Report of the Bombay Plague Committee
Disease focus: Plague
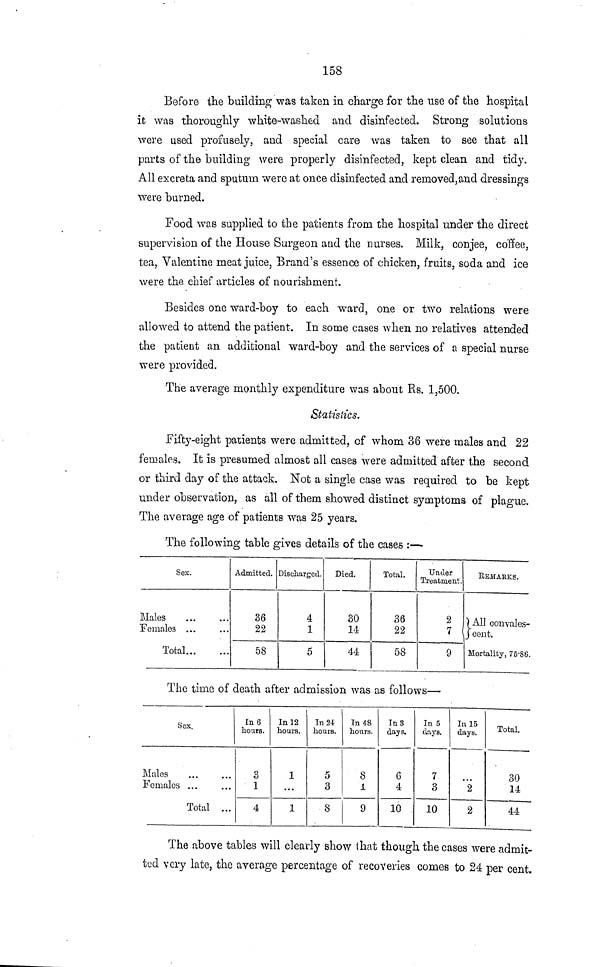
158
Before the building was taken in charge for the use of the hospital
it was thoroughly white-washed and disinfected. Strong solutions
were used profusely, and special care was taken to see that all
parts of the building were properly disinfected, kept clean and tidy.
All excreta and sputum were at once disinfected and removed,and dressings
were burned.
Food was supplied to the patients from the hospital under the direct
supervision of the House Surgeon and the nurses. Milk, conjee, coffee,
tea, Valentine meat juice, Brand's essence of chicken, fruits, soda and ice
were the chief articles of nourishment.
Besides one ward-boy to each ward, one or two relations were
allowed to attend the patient. In some cases when no relatives attended
the patient an additional ward-boy and the services of a special nurse
were provided.
The average monthly expenditure was about Rs. 1,500.
Statistics.
Fifty-eight patients were admitted, of whom 36 were males and 22
females. It is presumed almost all cases were admitted after the second
or third day of the attack. Not a single case was required to be kept
under observation, as all of them showed distinct symptoms of plague.
The average age of patients was 25 years.
Ihe following table gives details of the cases :—
Sex.
Males ...
Females ...
Total...
...
...
Admitted.
36
22
58
Discharged.
4
1
5
Died.
30
14
44
Total.
36
22
58
Under
Treatment.
2
7
9
REMARKS,
All convales-
cent.
Mortality, 75·86
The time of death after admission was as follows—
Sex.
Males
Females ...•
Total
...
...
In 6
hours.
3
1
4
In 12
hours.
1
...
1
In 24
hours.
5
3
8
In 48
hours.
8
i
9
In 3
days.
G
4
10
In 5
days.
7
3
10
In 15
days.
2
2
Total.
30
14
44
The above tables will clearly show that though the cases were admit-
ted very late, the average percentage of recoveries comes to 24 per cent.